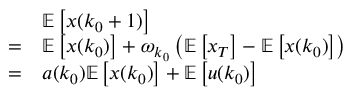
\begin{array} { r l } & { \mathbb { E } \left[ x ( k _ { 0 } + 1 ) \right] } \\ { = } & { \mathbb { E } \left[ x ( k _ { 0 } ) \right] + \omega _ { k _ { 0 } } \left( \mathbb { E } \left[ x _ { T } \right] - \mathbb { E } \left[ x ( k _ { 0 } ) \right] \right) } \\ { = } & { a ( k _ { 0 } ) \mathbb { E } \left[ x ( k _ { 0 } ) \right] + \mathbb { E } \left[ u ( k _ { 0 } ) \right] } \end{array}